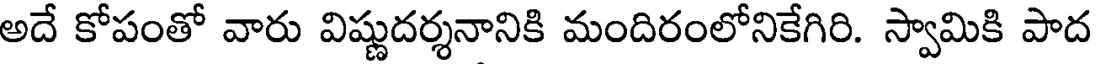
అదే కోపంతో వారు విష్ణుదర్శనానికి మందిరంలోనికేగిరి. స్వామికి పాద